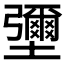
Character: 𡓭